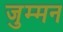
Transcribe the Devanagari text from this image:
जुम्मन